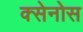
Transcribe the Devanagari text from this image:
क्सेनोस